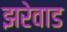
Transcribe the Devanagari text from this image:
झरेवाड